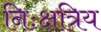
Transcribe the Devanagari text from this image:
निःक्षत्रिय